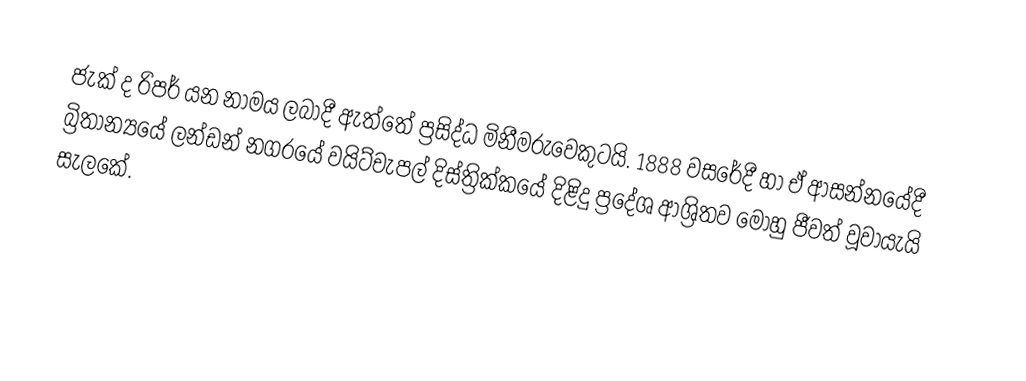
ජැක් ද රිපර් යන නාමය ලබාදී ඇත්තේ ප්‍රසිද්ධ මිනීමරුවෙකුටයි. 1888 වසරේදී හා ඒ ආසන්නයේදී බ්‍රිතාන්‍යයේ ලන්ඩන් නගරයේ වයිට්චැපල් දිස්ත්‍රික්කයේ දිළිදු ප්‍රදේශ ආශ්‍රිතව මොහු ජීවත් වූවායැයි සැලකේ.